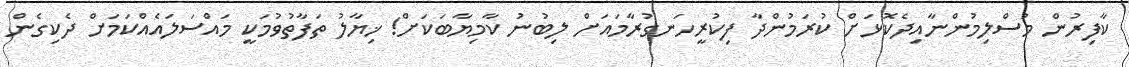
ކާފިރުން މުސްލިމުންނާއިދެކޮޅަށް ކުރަމުންދާ ފިކުރީހަނގުރާމައަށް ލިބުނު ކާމިޔާބަކަށް! ޚިޔާލު ތަފާތުވުމަކީ މައްސަލައެއްކަމަށް ދެކިގެން